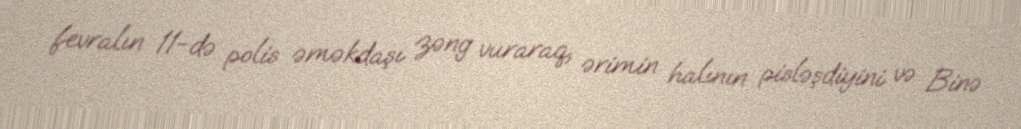
fevralın 11-də polis əməkdaşı zəng vuraraq, ərimin halının pisləşdiyini və Binə